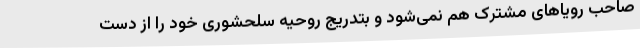
صاحب رویاهای مشترک هم نمی‌شود و بتدریج روحیه سلحشوری خود را از دست